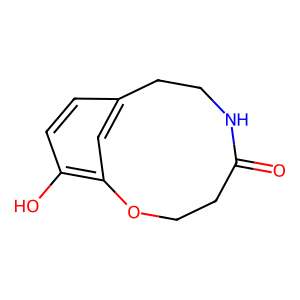
SMILES: O=C1CCOc2cc(ccc2O)CCN1
Inhibits HIV replication: No